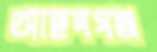
আছদগঞ্জ